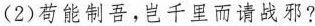
(2)苟能制吾，岂千里而请战邪?